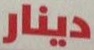
دينار